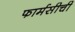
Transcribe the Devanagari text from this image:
फार्मसीची